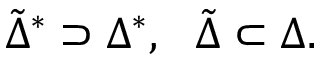
{ \tilde { \Delta } } ^ { * } \supset { { \Delta } ^ { * } } , \ \ { \tilde { \Delta } } \subset { \Delta } .